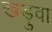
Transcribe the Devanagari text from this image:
खड़ुवा